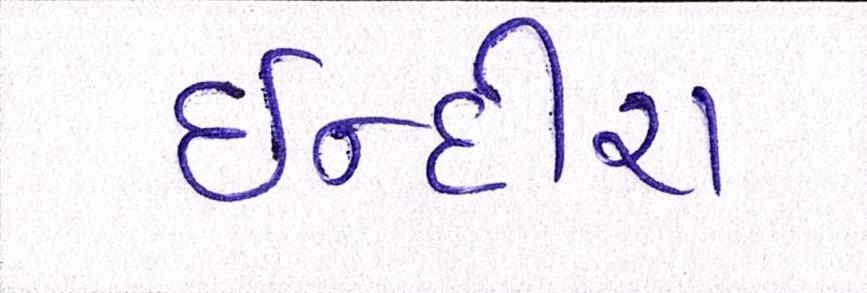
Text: ઈન્દીરા